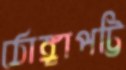
ঠোঙ্গাপট্টি